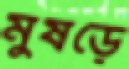
মুষড়ে